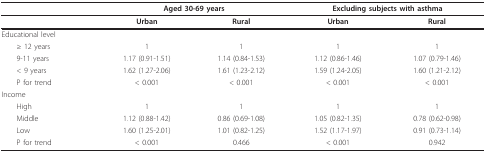
|  | <COLSPAN=2> Aged 30-69 years | <COLSPAN=2> Excluding subjects with asthma |
 | --- | --- | --- | --- | --- |
 |  | Urban | Rural | Urban | Rural |
 | Educational level |  |  |  |  |
 | ≥ 12 years | 1 | 1 | 1 | 1 |
 | 9-11 years | 1.17 (0.91-1.51) | 1.14 (0.84-1.53) | 1.12 (0.86-1.46) | 1.07 (0.79-1.46) |
 | < 9 years | 1.62 (1.27-2.06) | 1.61 (1.23-2.12) | 1.59 (1.24-2.05) | 1.60 (1.21-2.12) |
 | P for trend | < 0.001 | < 0.001 | < 0.001 | < 0.001 |
 | Income |  |  |  |  |
 | High | 1 | 1 | 1 | 1 |
 | Middle | 1.12 (0.88-1.42) | 0.86 (0.69-1.08) | 1.05 (0.82-1.35) | 0.78 (0.62-0.98) |
 | Low | 1.60 (1.25-2.01) | 1.01 (0.82-1.25) | 1.52 (1.17-1.97) | 0.91 (0.73-1.14) |
 | P for trend | < 0.001 | 0.466 | < 0.001 | 0.942 |